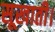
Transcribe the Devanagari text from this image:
सूखाती।